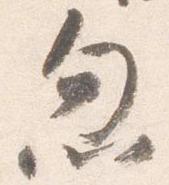
忽